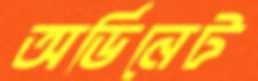
অর্ডিনেট